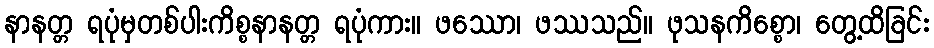
နာနတ္တ ရပုံမှတစ်ပါးကိစ္စနာနတ္တ ရပုံကား။ ဖဿော၊ ဖဿသည်။ ဖုသနကိစ္စော၊ တွေ့ထိခြင်း